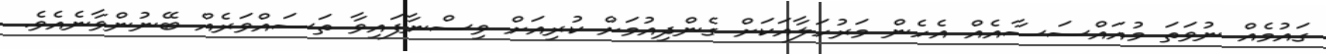
ގައުމެއް ނުވަތަ މުއައްސަސާއެއް އެހެން މަރުހަލާއަކަށް ގެންދިއުމަށް ކުރިއަށް ވިސްނާފައިވާ ތަސައްވަރެއް ބޭނުންވާނެއެވެ.